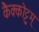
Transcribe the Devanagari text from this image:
कैक्कोट्टुम्